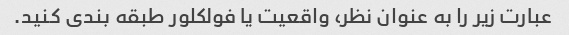
عبارت زیر را به عنوان نظر، واقعیت یا فولکلور طبقه بندی کنید.